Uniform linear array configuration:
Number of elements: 16
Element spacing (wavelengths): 0.5
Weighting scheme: exponential
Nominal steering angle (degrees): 0
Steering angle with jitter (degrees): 0.2447
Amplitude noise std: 0.05
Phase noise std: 0.05

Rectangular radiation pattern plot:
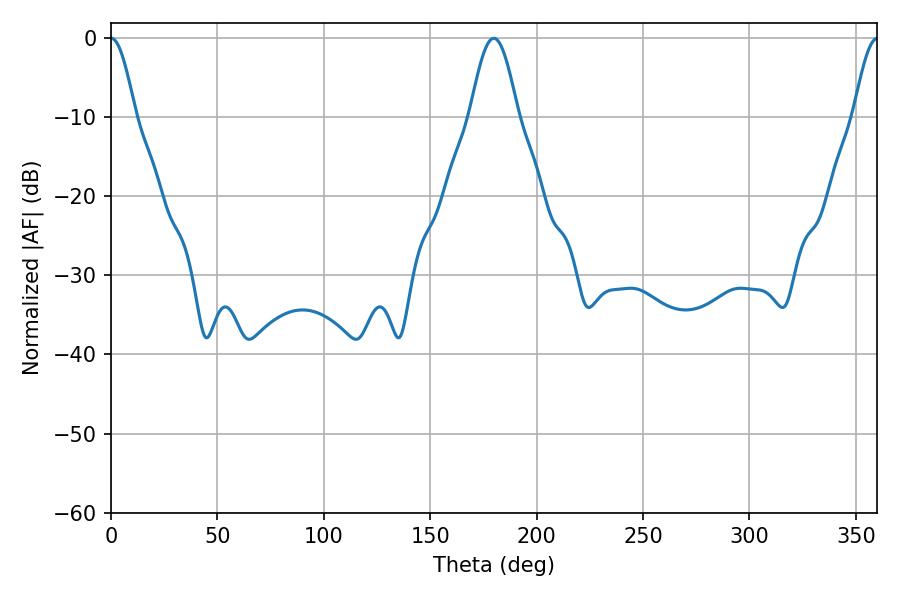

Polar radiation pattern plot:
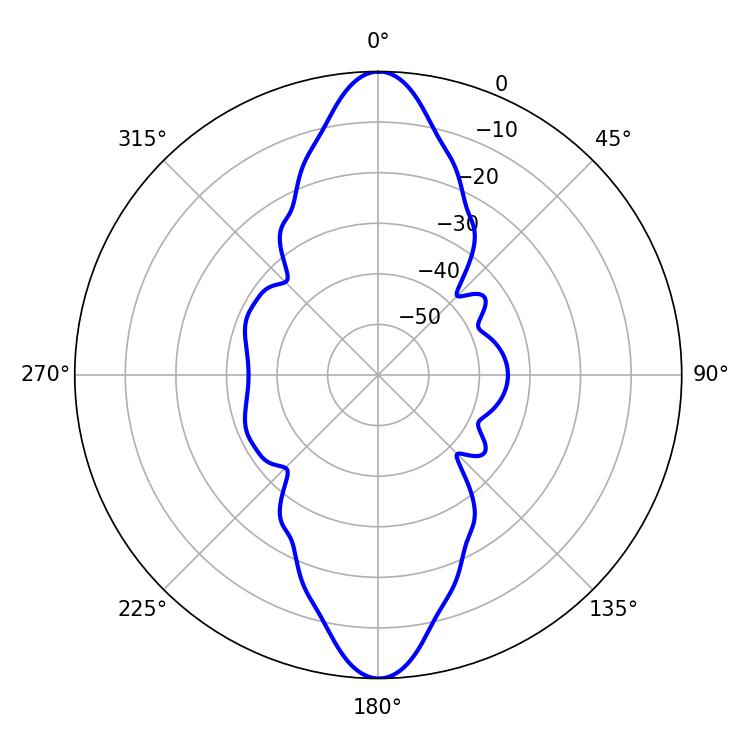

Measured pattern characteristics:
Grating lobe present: FALSE
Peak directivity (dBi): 35.384
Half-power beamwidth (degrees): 6.12
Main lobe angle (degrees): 0.18